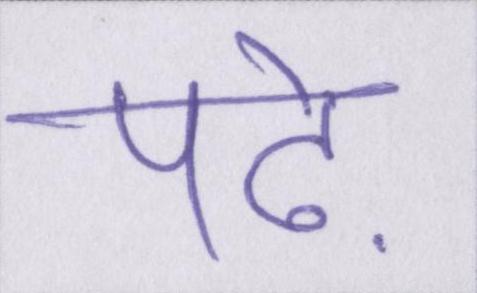
पढ़े